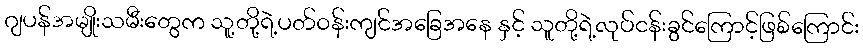
ဂျပန်အမျိုးသမီးတွေက သူ့တို့ရဲ့ပတ်ဝန်းကျင်အခြေအနေ နှင့် သူတို့ရဲ့လုပ်ငန်းခွင်ကြောင့်ဖြစ်ကြောင်း